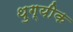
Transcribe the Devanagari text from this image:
थुग्यीक